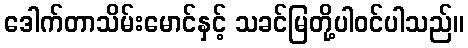
ဒေါက်တာသိမ်းမောင်နှင့် သခင်မြတို့ပါဝင်ပါသည်။